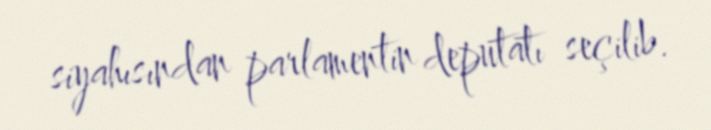
siyahısından parlamentin deputatı seçilib.